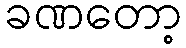
ခဏတော့